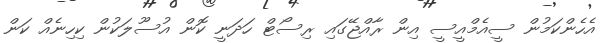
އެހެންކަމުން ސީއެމްއީސީ އިން ރާއްޖޭގައި ރިސޯޓް ހަދަނީ ކޮން އުސޫލަކުން ކިހިނެއް ކަން